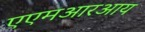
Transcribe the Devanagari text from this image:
एएमआरआय